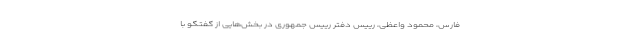
فارس، محمود واعظی، رییس دفتر رییس جمهوری در بخش‌هایی از گفتگو با